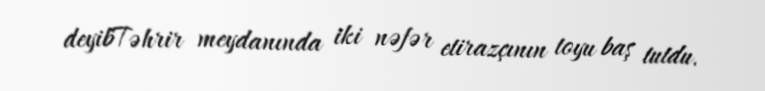
deyibTəhrir meydanında iki nəfər etirazçının toyu baş tutdu.